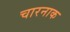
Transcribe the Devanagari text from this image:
चारनाक